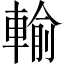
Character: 輸